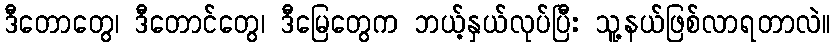
ဒီတောတွေ၊ ဒီတောင်တွေ၊ ဒီမြေတွေက ဘယ့်နှယ်လုပ်ပြီး သူ့နယ်ဖြစ်လာရတာလဲ။